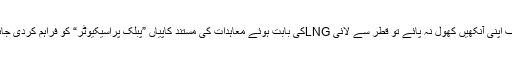
موصوف اپنی آنکھیں کھول نہ پائے تو قطر سے لائی LNGکی بابت ہوئے معاہدات کی مستند کاپیاں ”پبلک پراسیکیوٹر“ کو فراہم کردی جائیں گی۔